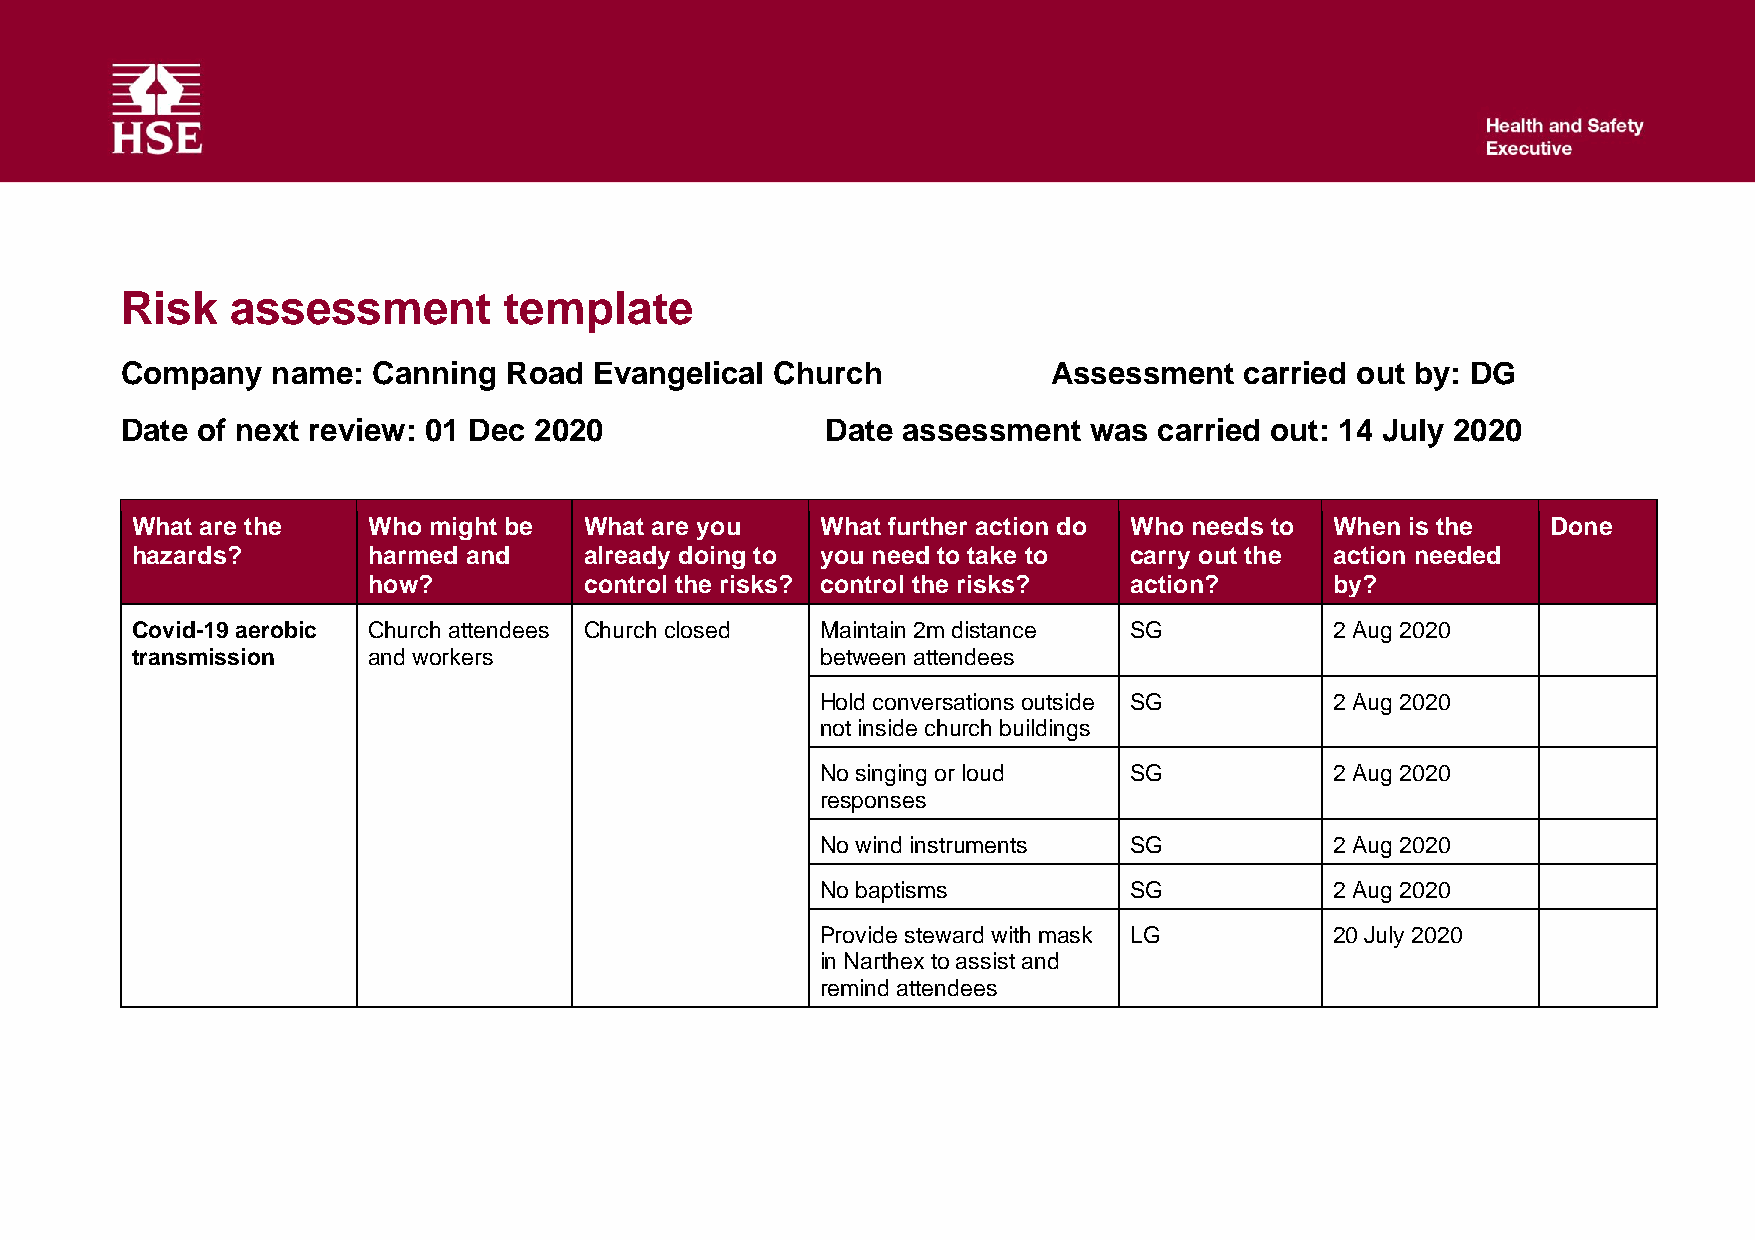
Risk   assessment        template
 Company   name:  Canning Road  Evangelical Church             Assessment  carried out by: DG
 Date of next review: 01 Dec 2020               Date assessment  was  carried out: 14 July 2020
 What are the   Who might be   What are you   What further action do Who needs to When is the  Done
 hazards?       harmed and     already doing to you need to take to carry out the action needed
 how?           control the risks? control the risks? action?    by?
 Covid-19 aerobic Church attendees Church closed Maintain 2m distance SG        2 Aug 2020
 transmission   and workers                   between attendees
 Hold conversations outside SG     2 Aug 2020
 not inside church buildings
 No singing or loud   SG           2 Aug 2020
 responses
 No wind instruments  SG           2 Aug 2020
 No baptisms          SG           2 Aug 2020
 Provide steward with mask LG      20 July 2020
 in Narthex to assist and
 remind attendees